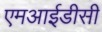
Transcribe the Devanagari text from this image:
एमआईडीसी